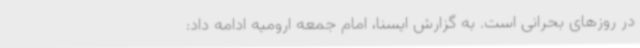
در روزهای بحرانی است. به گزارش ایسنا، امام جمعه ارومیه ادامه داد: